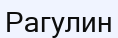
Рагулин